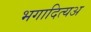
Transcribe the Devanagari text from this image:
भगादित्यअ